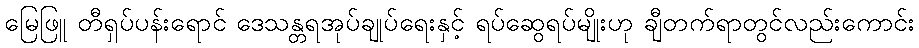
မြေဖြူ တီရှပ်ပန်းရောင် ဒေသန္တရအုပ်ချုပ်ရေးနှင့် ရပ်ဆွေရပ်မျိုးဟု ချီတက်ရာတွင်လည်းကောင်း